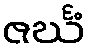
ဇင်္ဃံ